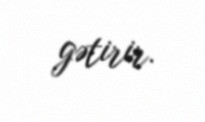
gətirir.